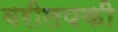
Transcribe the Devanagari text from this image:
वरीलपकी